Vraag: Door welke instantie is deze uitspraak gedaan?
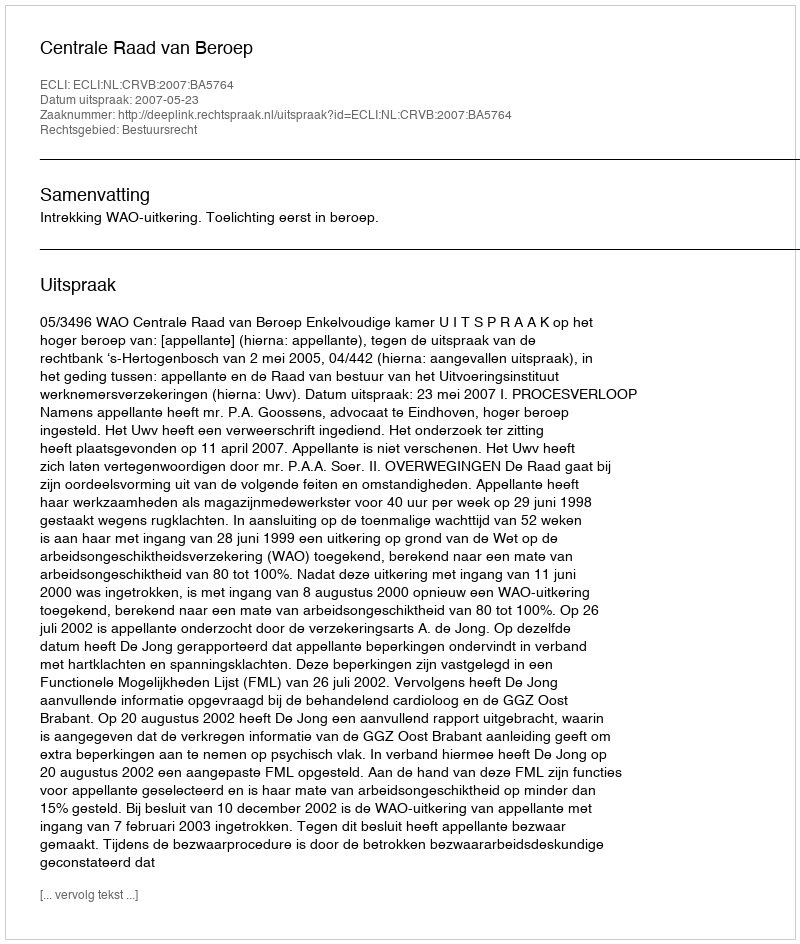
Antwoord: Centrale Raad van Beroep